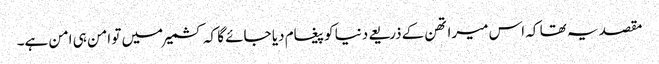
مقصد یہ تھا کہ اس میراتھن کے ذریعے دنیا کو پیغام دیا جائے گا کہ کشمیر میں تو امن ہی امن ہے۔